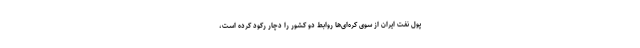
پول نفت ایران از سوی کره‌ای‌ها روابط دو کشور را دچار رکود کرده است،